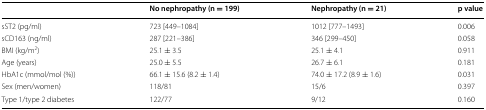
|  | No nephropathy (n = 199) | Nephropathy (n = 21) | p value |
 | --- | --- | --- | --- |
 | sST2 (pg/ml) | 723 [449–1084] | 1012 [777–1493] | 0.006 |
 | sCD163 (ng/ml) | 287 [221–386] | 346 [299–450] | 0.058 |
 | BMI (kg/m2) | 25.1 ± 3.5 | 25.1 ± 4.1 | 0.911 |
 | Age (years) | 25.0 ± 5.5 | 26.7 ± 6.1 | 0.181 |
 | HbA1c (mmol/mol (%)) | 66.1 ± 15.6 (8.2 ± 1.4) | 74.0 ± 17.2 (8.9 ± 1.6) | 0.031 |
 | Sex (men/women) | 118/81 | 15/6 | 0.397 |
 | Type 1/type 2 diabetes | 122/77 | 9/12 | 0.160 |